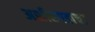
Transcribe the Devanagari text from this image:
अशीरगडाचा